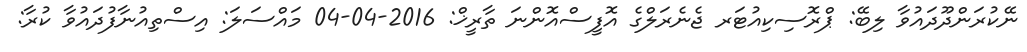
ނޭކުރަންދޫދައުވާ ލިބޭ: ޕްރޮސިކިއުޓަރ ޖެނެރަލްގެ އޮފީސްއޮންނަ ތާރީޚް: 2016-04-04 މައްސަލަ: އިސްތިއުނާފުދައުވާ ކުރާ: